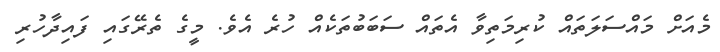
މެއަށް މައްސަލަތައް ކުރިމަތިވާ އެތައް ސަބަބުތަކެއް ހުރެ އެވެ. މީގެ ތެރޭގައި ފައިދާހުރި